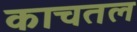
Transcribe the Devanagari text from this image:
काचतल